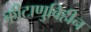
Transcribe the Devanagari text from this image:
कीटाणुविहीन